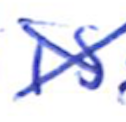
Text: is
Cross-out: cross
Writing tool: ballpoint